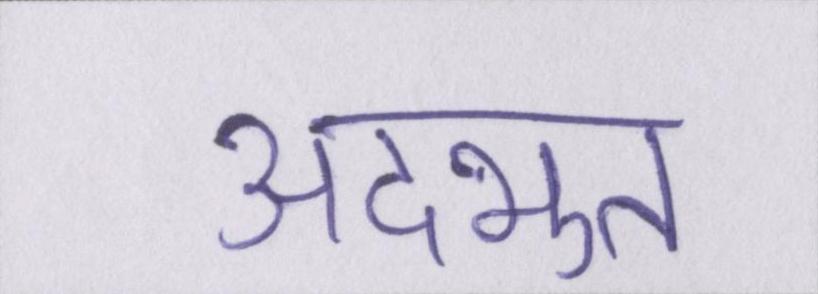
अदभुत